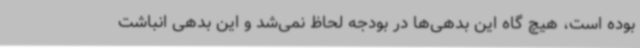
بوده است، هیچ گاه این بدهی‌ها در بودجه لحاظ نمی‌شد و این بدهی انباشت